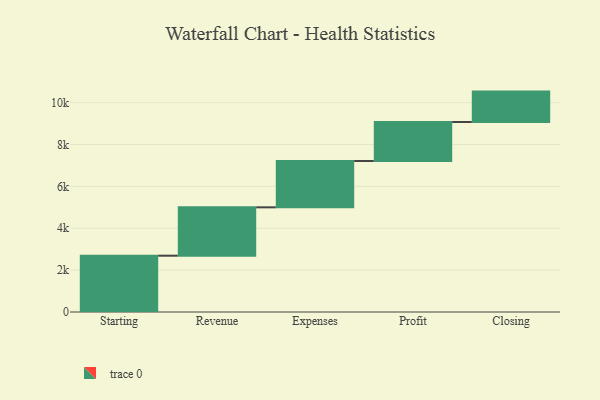
{"axis": {"x": "Step", "y": "Value"}, "legend": [""], "data": [{"x": "Starting", "y": 2689.0, "type": ""}, {"x": "Revenue", "y": 2310.0, "type": ""}, {"x": "Expenses", "y": 2212.0, "type": ""}, {"x": "Profit", "y": 1862.0, "type": ""}, {"x": "Closing", "y": 1453.0, "type": ""}]}